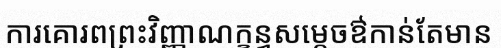
ការគោរពព្រះវិញ្ញាណក្ខន្ធសម្តេចឳកាន់តែមាន